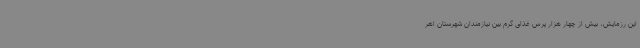
این رزمایش، بیش از چهار هزار پرس غذای گرم بین نیازمندان شهرستان اهر